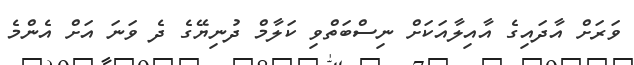
ވަރަށް އާދައިގެ އާއިލާއަކަށް ނިސްބަތްވި ކަލާމް ދުނިޔޭގެ ދެ ވަނަ އަށް އެންމެ